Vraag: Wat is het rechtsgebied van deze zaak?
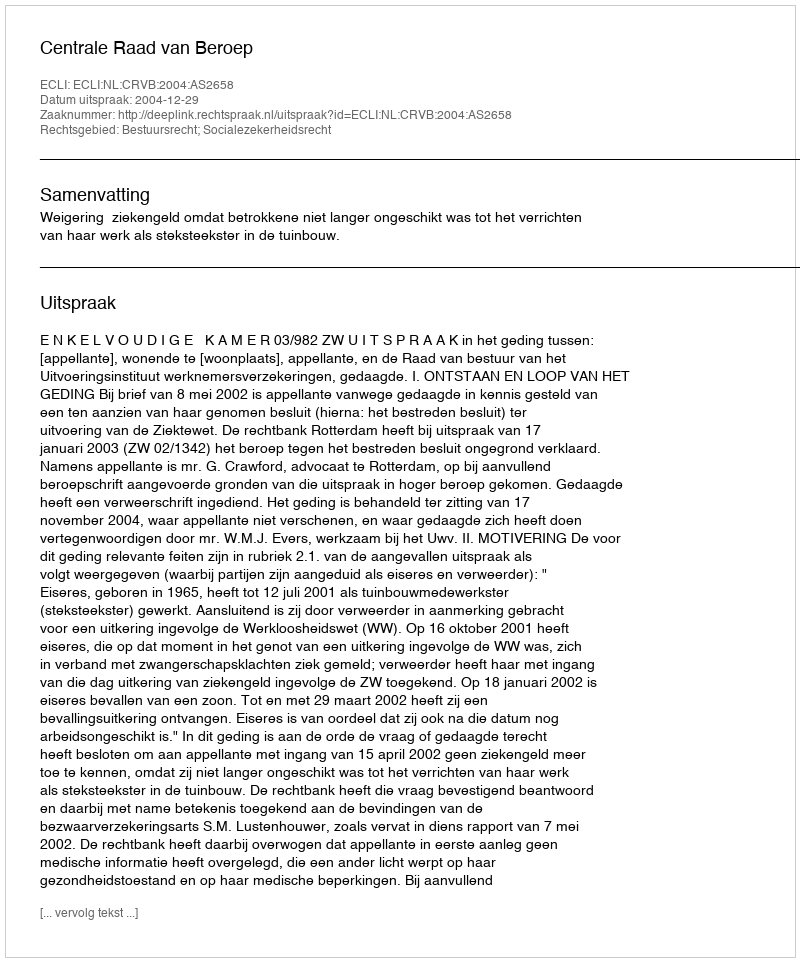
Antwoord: Bestuursrecht; Socialezekerheidsrecht